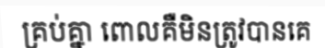
គ្រប់គ្នា ពោលគឺមិនត្រូវបានគេ